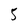
Character: 5